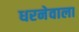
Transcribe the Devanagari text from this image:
धरनेवाला